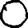
Digit: 0